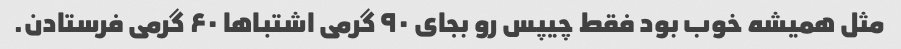
مثل همیشه خوب بود فقط چیپس رو بجای ۹۰ گرمی اشتباها ۶۰ گرمی فرستادن.